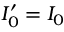
I _ { 0 } ^ { \prime } = I _ { 0 }